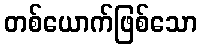
တစ်ယောက်ဖြစ်သော